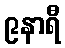
၉နာရီ